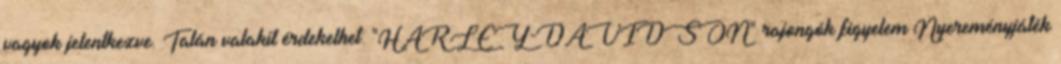
vagyok jelentkezve. Talán valakit érdekelhet: "HARLEY-DAVIDSON" rajongók figyelem Nyereményjáték